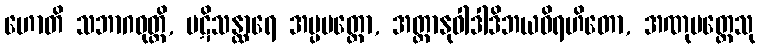
ဟောတိ သဘာဂဝုတ္တိ, ပဋိသန္ထာရေ အပ္ပမတ္တော, အတ္တာနုဝါဒါဒိဘယဝိရဟိတော, အဏုမတ္တေသု